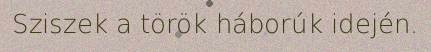
Sziszek a török háborúk idején.